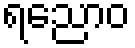
ရညောဝ